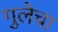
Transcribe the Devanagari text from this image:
गुलेचा